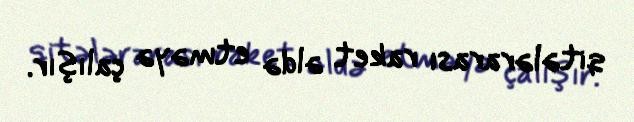
qitələrarası raket əldə etməyə çalışır.